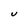
Character: U